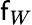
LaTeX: \mathsf{f}_{W}